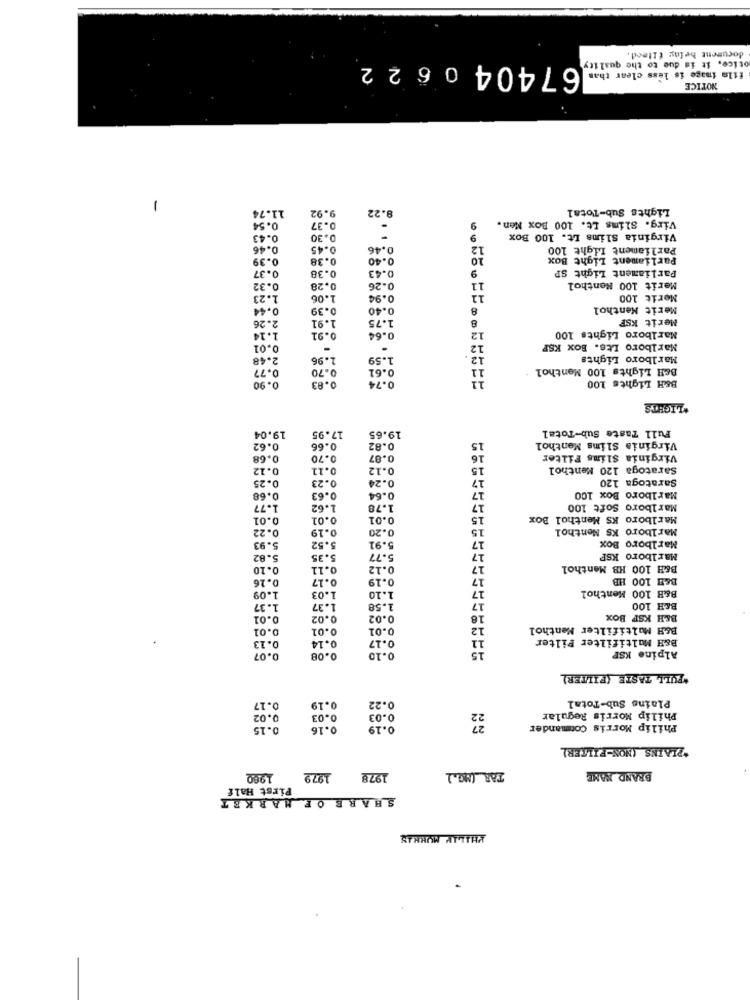
document belag fIterd.
otice, it is due to the quality
674040622
film image is less clear than
NOTICE
11.74
9.92
8.22
Lights Sub-Total
-
Virg. Slims Lt. 100 Box Men.
0.54
0.37
9
0.43
0.30
9
Virginia Slims Lt. 100 Box
0.46
0.45
0.46
12
Parliament Light 100
0.39
0.38
0.40
10
Parliament Light Box
0.37
0.43
9
Parliament Light SP
0.38
0.32
0.28
0.26
11
Merit 100 Menthol
1.23
1.06
0.94
11
Merit 100
0.44
0.39
0.40
8
Merit Menthol
2.26
1.91
1.75
Merit KSF
12
Marlboro Lights 100
1.14
0.91
0.64
0.01
-
12
Marlboro Lts. Box KSP
2.48
1.96
1.59
12.
Marlboro Lights
0.77
0.70
0.61
11
B&H Lights 100 Menthol
11
B&H Lights 100
0.90
0.83
0.74
*LIGHTS
Full Taste Sub-Total
19.04
17.95
19.65
0.62
0.66
0.82
15
Virginia Slims Menthol
0.68
0.70
.87
16
Virginia Slims Filter
0.12
0.11
0.12
15
Saratoga 120 Menthol
0.25
0.23
0.24
17
Saratoga 120
0.68
0.63
0.64
Marlboro Box 100
1.77
1.62
1.78
17
Marlboro Soft 100
0.01
0.01
0.01
15
Marlboro KS Menthol Box
0.22
0.19
0.20
15
Marlboro KS Menthol
17
5.93
5.52
5.91
Marlboro Box
5.82
5.35
5.77
27
Marlboro KSP
0.10
0.13
0.12
17
B&H 100 HB Menthol
0.26
0.17
0.19
17
B&H 100 HB
B&H 100 Menthol
1.09
1.03
1.10
17
17
1.37
1.37
1.58
B&R 100
0.01
0.02
0.02
16
B&H KSP BOX
0.01
0.01
0.01
12
B&H Multifilter Menthol
0.14
0.17
11
B&H Multifilter Filter
0.13
0.07
0.08
0.10
Alpine KSP
"FULL TASTE (FILTER)
Plains Sub-Total
0.17
0.19
0.22
0.02
0.03
0.03
32
Philip Morris Regular
0.15
0.16
0.19
Philip Morris Commander
*PLAINS (NON-FILKERL
1980
197.2
1978
TAR (MG.)
BRAND NAME
Pirst Half
SHARE OF MARKET
PHILLY MUKKAS